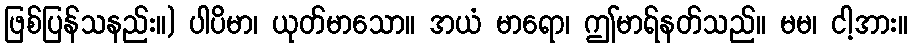
ဖြစ်ပြန်သနည်း။) ပါပိမာ၊ ယုတ်မာသော။ အယံ မာရော၊ ဤမာရ်နတ်သည်။ မမ၊ ငါ့အား။